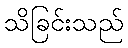
သိခြင်းသည်